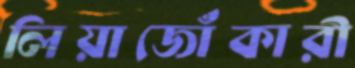
লিয়াজোঁকারী